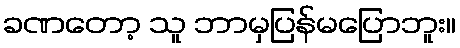
ခဏတော့ သူ ဘာမှပြန်မပြောဘူး။